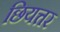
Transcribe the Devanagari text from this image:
छियत्तर